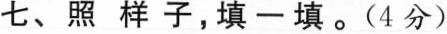
七、照样子，填-填。(4分)